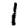
Digit: 1